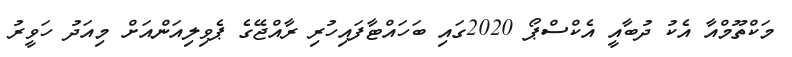
މަކްތޫމްއާ އެކު ދުބާއީ އެކްސްޕޯ 2020ގައި ބަހައްޓާފައިހުރި ރާއްޖޭގެ ޕެވިލިއަންއަށް މިއަދު ހަވީރު